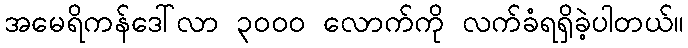
အမေရိကန်ဒေါ်လာ ၃၀၀၀ လောက်ကို လက်ခံရရှိခဲ့ပါတယ်။